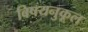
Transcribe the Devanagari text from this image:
विषयनुकूल